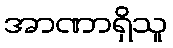
အာဏာရှိသူ